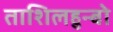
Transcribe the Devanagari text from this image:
ताशिलहुन्बो